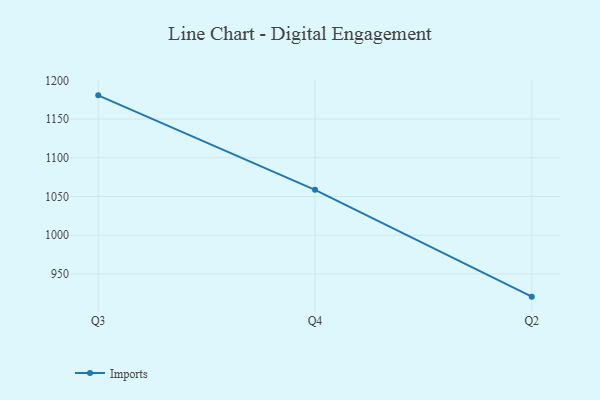
{"axis": {"x": "Quarter", "y": "Latency (ms)"}, "legend": ["Imports"], "data": [{"x": "Q3", "y": 1180.6, "type": "Imports"}, {"x": "Q4", "y": 1058.6, "type": "Imports"}, {"x": "Q2", "y": 920.7, "type": "Imports"}]}